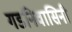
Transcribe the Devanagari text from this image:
गडनिवासिनी